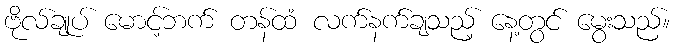
ဗိုလ်ချုပ် မောင့်ဘက် တန်ထံ လက်နက်ချသည့် နေ့တွင် မွေးသည်။